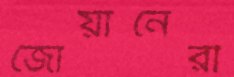
জোয়ানেরা